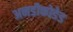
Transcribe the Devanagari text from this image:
अनडीकोडेड